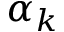
\alpha _ { k }